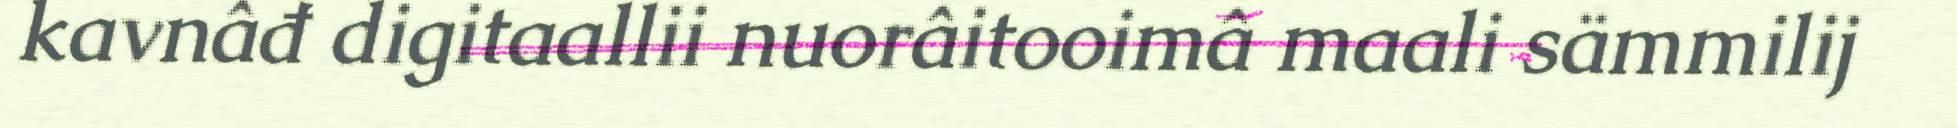
kavnâđ digitaallii nuorâitooimâ maali sämmilij